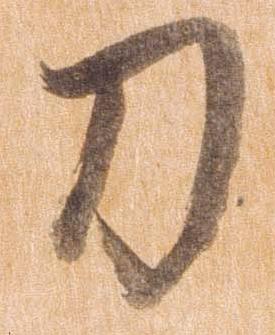
刀